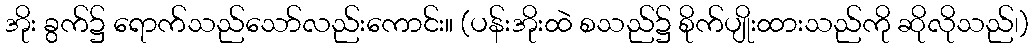
အိုး ခွက်၌ ရောက်သည်သော်လည်းကောင်း။ (ပန်းအိုးထဲ စသည်၌ စိုက်ပျိုးထားသည်ကို ဆိုလိုသည်၊)